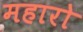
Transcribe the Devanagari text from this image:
महारो